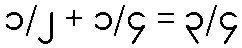
၁/၂ + ၁/၄ = ၃/၄